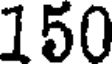
150